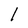
Character: l